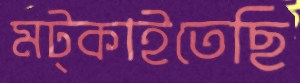
মট্‌কাইতেছি